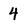
Character: 4